Punjab Mental Hospital Lahore 1932-46 - 1932-1946
Year: 1932
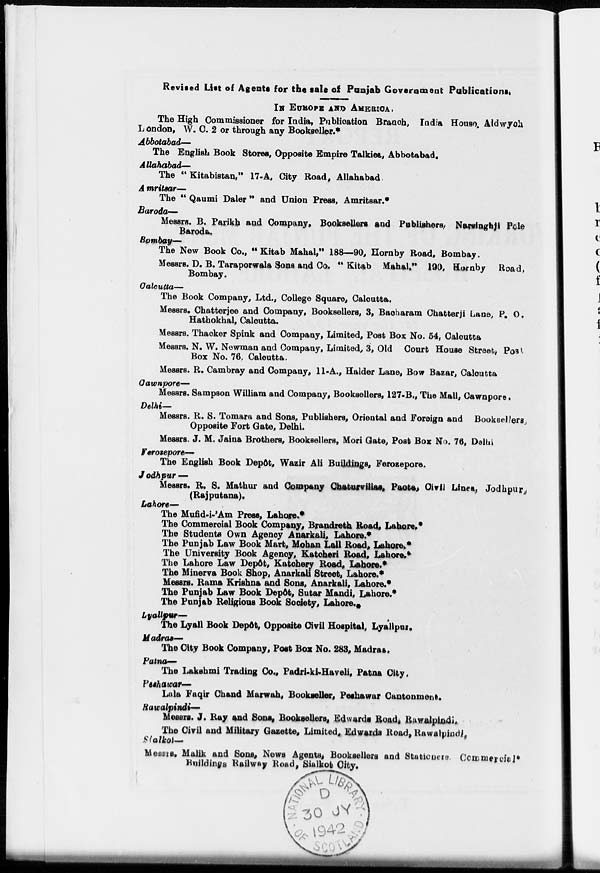
Revised List of Agents for the sale of Punjab Government Publications.
IN EUROPE AND AMERICA.
The High Commissioner for India, Publication Branch, India House, Aldwych
London, W. C. 2 or through any Bookseller.*
Abbotabad—
The English Book Stores, Opposite Empire Talkies, Abbotabad.
Allahabad—
The " Kitabistan," 17-A, City Road, Allahabad.
Amritsar—
The " Qaumi Daler" and Union Press, Amritsar.*
Baroda—
Messrs. B. Parikh and Company, Booksellers and Publishers, Narsinghji Pole
Baroda.
Bombay—
The New Book Co., " Kitab Mahal," 188—90, Hornby Road, Bombay.
Messrs. D. B. Taraporwala Sons and Co. " Kitab Mahal," 190, Hornby Road,
Bombay.
Calcutta—
The Book Company, Ltd., College Square, Calcutta.
Messrs. Chatterjee and Company, Booksellers, 3, Bacharam Chatterji Lane, P. O.
Hathokhal, Calcutta.
Messrs. Thacker Spink and Company, Limited, Post Box No. 54, Calcutta
Messrs. N. W. Newman and Company, Limited, 3, Old Court House Street, Post
Box No. 76. Calcutta.
Messrs. R. Cambray and Company, 11-A., Halder Lane, Bow Bazar, Calcutta
Cawnpore—
Messrs. Sampson William and Company, Booksellers, 127-B., The Mall, Cawnpore .
Delhi—
Messrs. R. S. Tomara and Sons, Publishers, Oriental and Foreign and Booksellers,
Opposite Fort Gate, Delhi.
Messrs. J. M. Jaina Brothers, Booksellers, Mori Gate, Post Box No. 76, Delhi
Ferozepore—-
The English Book Depôt, Wazir Ali Buildings, Ferozepore.
Jodhpur —
Messrs. R. S. Mathur and Company Chaturvillas, Paete,Civil Lines, Jodhpur,
(Rajputana).
Lahore—
The Mufid-i-'Am Press, Lahore.*
The Commercial Book Company , Brandreth Road , Lahore.*
The Students Own Agency Anarkali, Lahore.*
The Punjab Law Book Mart, Mohan Lall Road, Lahore.*
The University Book Agency, Katcheri Road. Lahore.*
The Lahore Law Depôt, Katchery Road, Lahore.*
The Minerva Book Shop, Anarkali Street, Lahore.*
Messrs. Rama Krishna and Sons, Anarkali, Lahore.*
The Punjab Law Book Depôt, Sutar Mandi, Lahore.*
The Punjab Religions Book Society, Lahore.*
Lyallpur—
The Lyall Book Depôt, Opposite Civil Hospital, Lyallpur.
Madras—
The City Book Company, Post Box No. 283, Madras.
Patna—
The Lakshmi Trading Co., Padri-ki-Haveli, Patna City.
Peshawar—
Lala Faqir Chand Marwah, Bookseller, Peshawar Cantonment.
Rawalpindi—
Messrs. J. Ray and Sons, Booksellers, Edwards Road, Rawalpindi.
The Civil and Military Gazette, Limited, Edwards Road, Rawalpindi.
Stalkot—
Messrs. Malik and Sons, News Agents, Booksellers and Stationers. Commercial*
Buildings Railway Road, Sialkot City.